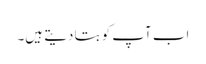
اب آپ کو بتا دیتے ہیں۔